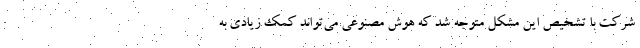
شرکت با تشخیص این مشکل متوجه شد که هوش مصنوعی می‌تواند کمک زیادی به